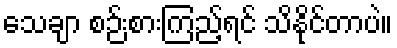
သေချာ စဉ်းစားကြည့်ရင် သိနိုင်တာပဲ။